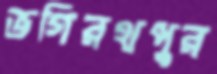
ভগিরথপুর